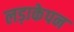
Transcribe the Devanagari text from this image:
लड़ाकेपन